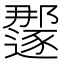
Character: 𫑏